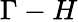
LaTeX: \Gamma-H